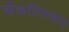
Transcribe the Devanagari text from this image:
चेंकतिरुकल्